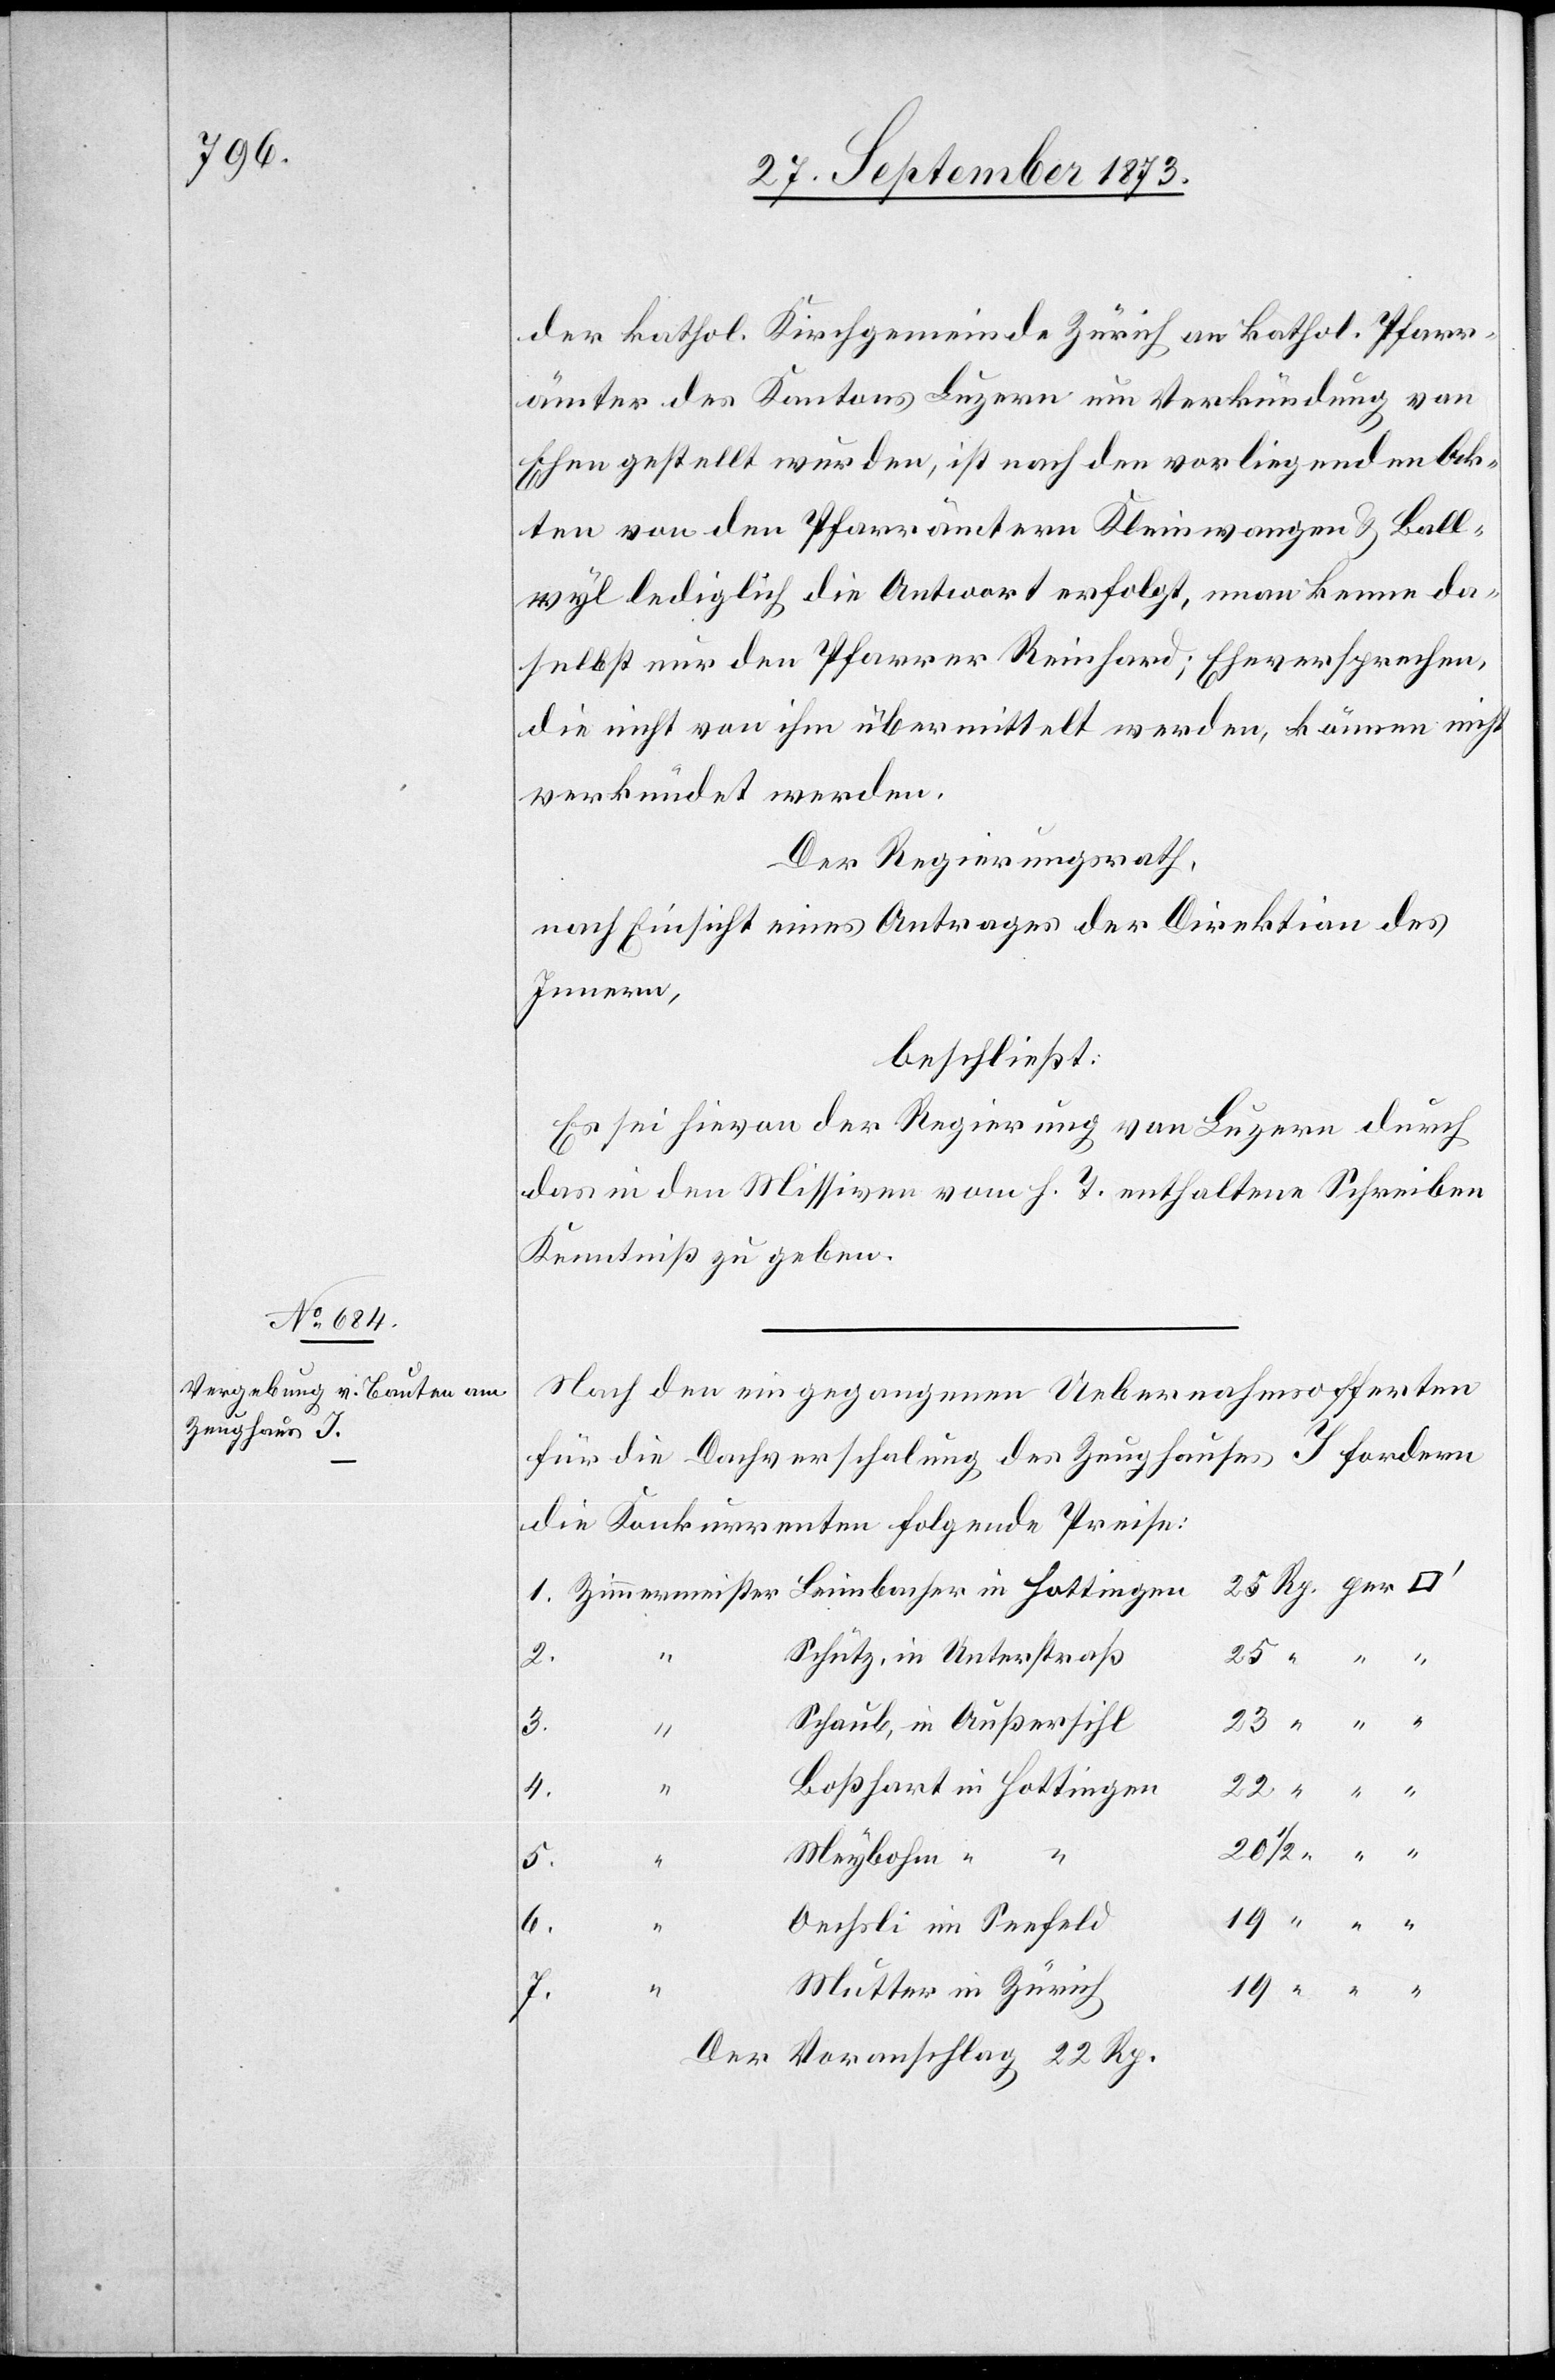
der kathol. Kirchgemeinde Zürich an kathol. Pfarr¬
ämter des Kantons Luzern um Verkündung von
Ehen gestellt wurden, ist nach den vorliegenden Ak¬
ten von den Pfarrämtern Kleinwangen & Ball¬
wyl lediglich die Antwort erfolgt, man kenne da¬
selbst nur den Pfarrer Reinhard; Eheversprechen,
die nicht von ihm übermittelt werden, können nicht
verkündet werden.
Der Regierungsrath,
nach Einsicht eines Antrages der Direktion des
Innern,
beschließt:
Es sei hievon der Regierung von Luzern durch
das in den Missiven vom h. T. enthaltene Schreiben
Kenntniß zu geben.
Nach den eingegangenen Uebernahmsofferten
für die Dachverschalung des Zeughauses I fordern
die Konkurrenten folgende Preise:
Schütz, in Unterstraß
2.
Schaub, in Außersihl
23
4.
Boßhart in Hottingen
22
Meybohm “
1.
6.
Oechsli im Seefeld
Mutter in Zürich
7.
Der Voranschlag 22 Rp.